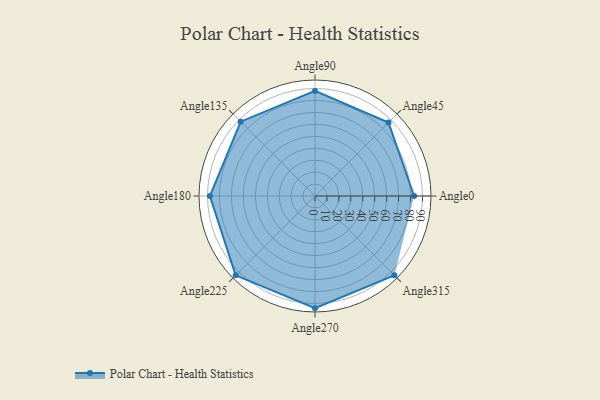
{"axis": {"x": "Angle", "y": "Radius"}, "legend": [""], "data": [{"x": "Angle0", "y": 83.0, "type": ""}, {"x": "Angle45", "y": 87.0, "type": ""}, {"x": "Angle90", "y": 88.0, "type": ""}, {"x": "Angle135", "y": 88.0, "type": ""}, {"x": "Angle180", "y": 88.0, "type": ""}, {"x": "Angle225", "y": 94.0, "type": ""}, {"x": "Angle270", "y": 94.0, "type": ""}, {"x": "Angle315", "y": 94.0, "type": ""}]}